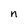
Character: n